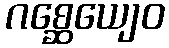
ဂစ္ဆေယျေဝ